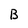
Character: B